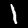
Label: 1